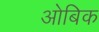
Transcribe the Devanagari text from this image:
ओबिक